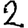
Digit: 2